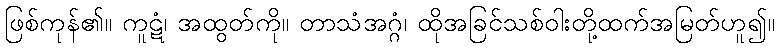
ဖြစ်ကုန်၏။ ကူဋံ၊ အထွတ်ကို။ တာသံအဂ္ဂံ၊ ထိုအခြင်သစ်ဝါးတို့ထက်အမြတ်ဟူ၍။